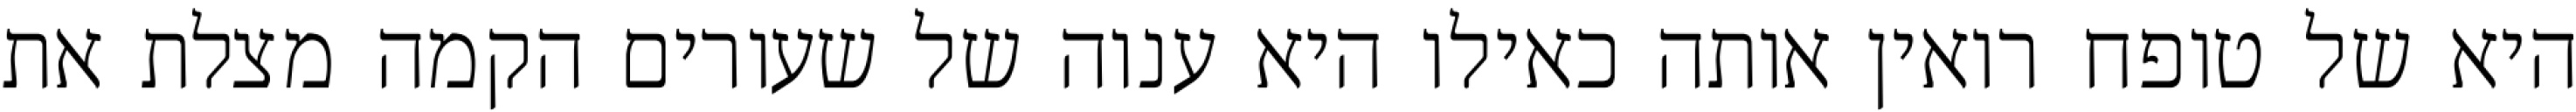
היא של טופח רואין אותה כאילו היא ענוה של שעורים הקמה מצלת את